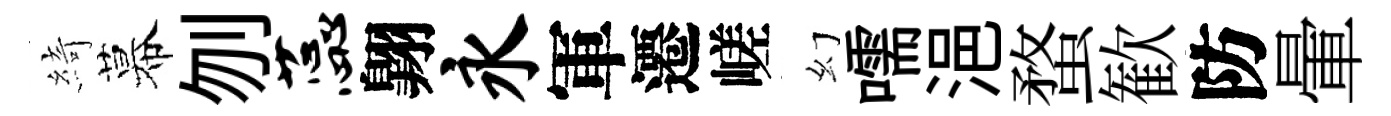
綺幕刎蕊翺永軍遷嵯幻嚅浥蝥歓防暈